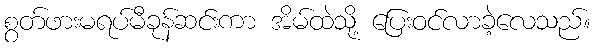
စွတ်ဖားမရပ်မီခုန်ဆင်းကာ အိမ်ထဲသို့ ပြေးဝင်လာခဲ့လေသည်။